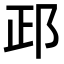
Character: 𨚣